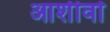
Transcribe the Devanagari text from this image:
आशीर्वा